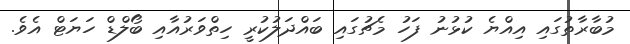
މުބާރާތުގައި އިއްޔެ ކުޅުނު ފަހު މެޗުގައި ބައްދަލުކުރީ ހިތްވަރުއާއި ބޯލްޑް ހަޔަޓް އެވެ.